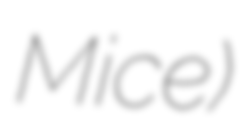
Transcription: Mice)